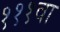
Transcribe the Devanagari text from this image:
१११वा